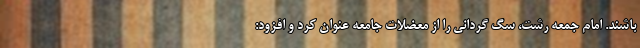
باشند. امام جمعه رشت، سگ گردانی را از معضلات جامعه عنوان کرد و افزود: